Scientific memoirs by medical officers of the Army of India - Part IX,
Year: 1895
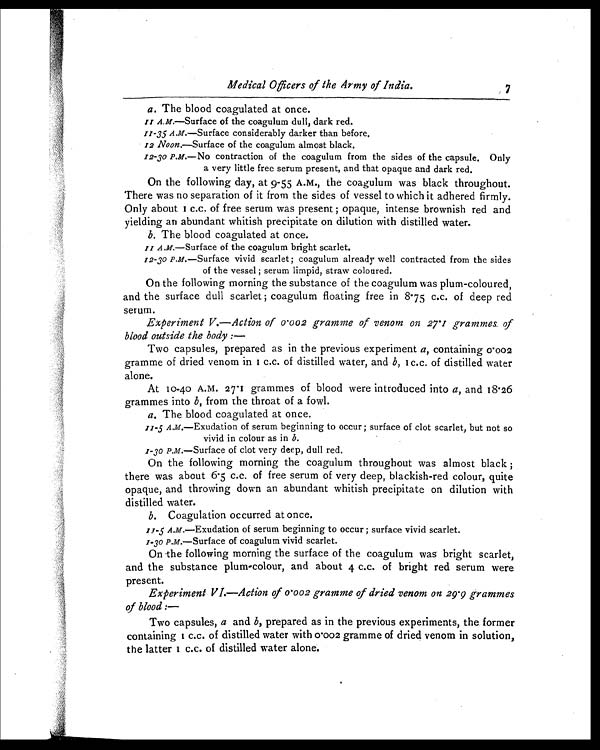
Medical Officers of the Army of India.
7
a. The blood coagulated at once.
11 A.m.—Surface of the coagulum dull, dark red.
11-35 A.m.—Surface considerably darker than before.
12 Noon.—Surface of the coagulum almost black.
12-30 P.M.—No contraction of the coagulum from the sides of the capsule. Only
a very little free serum present, and that opaque and dark red.
On the following day, at 9-55 A.M., the coagulum was black throughout.
There was no separation of it from the sides of vessel to which it adhered firmly.
Only about 1 c.c. of free serum was present ; opaque, intense brownish red and
yielding an abundant whitish precipitate on dilution with distilled water.
b. The blood coagulated at once.
11 A.M.—Surface of the coagulum bright scarlet.
12-30 P.M.—Surface vivid scarlet; coagulum already well contracted from the sides
of the vessel ; serum limpid, straw coloured.
On the following morning the substance of the coagulum was plum-coloured,
and the surface dull scarlet ; coagulum floating free in 8.75 c.c. of deep red
serum.
Experiment V.—Action of 0.002 gramme of venom on 27.1 grammes of
blood outside the body : —
Two capsules, prepared as in the previous experiment a, containing 0.002
gramme of dried venom in 1 c.c. of distilled water, and b, 1 c.c. of distilled water
alone.
At 10-40 A.M. 27.1 grammes of blood were introduced into a, and 18.26
grammes into b, from the throat of a fowl.
a. The blood coagulated at once.
11-5 A.M.—Exudation of serum beginning to occur ; surface of clot scarlet, but not so
vivid in colour as in b.
1-30 P.M.—Surface of clot very deep, dull red.
On the following morning the coagulum throughout was almost black ;
there was about 6.5 c.c. of free serum of very deep, blackish-red colour, quite
opaque, and throwing down an abundant whitish precipitate on dilution with
distilled water.
b. Coagulation occurred at once.
11-5 A.m.—Exudation of serum beginning to occur ; surface vivid scarlet.
1-30 P.M.—Surface of coagulum vivid scarlet.
On the following morning the surface of the coagulum was bright scarlet,
and the substance plum-colour, and about 4 c.c. of bright red serum were
present.
Experiment VI.—Action of 0.002 gramme of dried venom on 29.9 grammes
of blood :—
Two capsules, a and b, prepared as in the previous experiments, the former
containing 1 c.c. of distilled water with 0.002 gramme of dried venom in solution,
the latter 1 c.c. of distilled water alone.